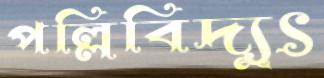
পল্লিবিদ্যুৎ